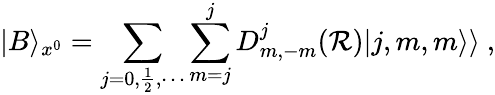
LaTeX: |B\rangle_{x^{0}}=\sum_{j=0,\frac{1}{2},\cdots}\sum_{m=j}^{j}D_{m,-m}^{j}({\cal R})|j,m,m\rangle\rangle~,